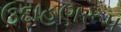
ઉદાહણરૂપ